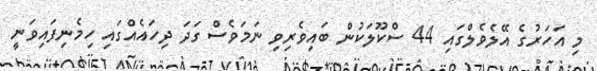
މި އަހަރުގެ އޭލެވެލްގައި 44 ސްކޫލަކުން ބައިވެރިވި ނަމަވެސް ގަދަ ދިހައެއްގައި ހިމެނިފައިވަނީ